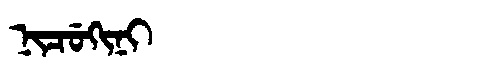
Manchu: ᠨᡳᠴᡠᡴᡳᠨᡳ
Romanization: NICUKINI